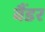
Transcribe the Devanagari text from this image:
वैंडर